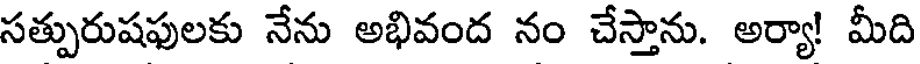
సత్పురుషఫులకు నేను అభివంద నం చేస్తాను. అర్యా! మీది